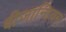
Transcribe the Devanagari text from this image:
बीजान्टियम